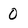
Character: O